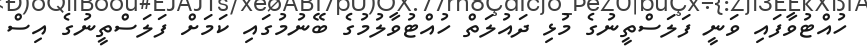
ހުއްޓުވާފައި ވަނީ ފަލަސްތީނުގެ މުޅި ދައުލަތް ހުއްޓުވާލުމުގެ ބޭނުމުގައި ކަމަށް ފަލަސްތީނުގެ އިސް